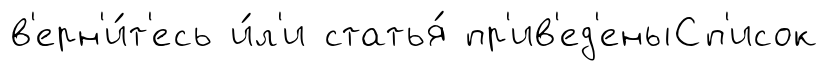
в'ерн'и́т'есь и́л'и статья́ пр'ив'ед'еныСп'исок